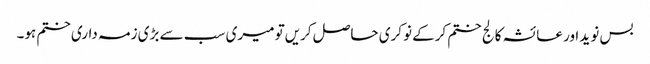
بس نوید اور عائشہ کالج ختم کرکے نوکری حاصل کریں‌تو میری سب سے بڑی زمہ داری ختم ہو۔